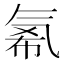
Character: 𱥪